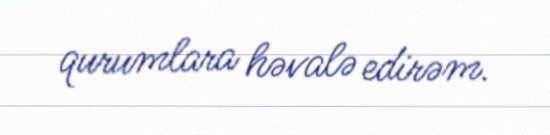
qurumlara həvalə edirəm.